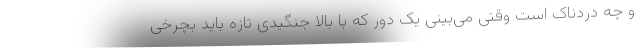
و چه دردناک است وقتی می‌بینی یک دور که با بالا جنگیدی تازه باید بچرخی